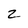
Character: 2